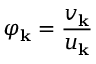
\varphi _ { \mathbf { k } } = \frac { v _ { \mathbf { k } } } { u _ { \mathbf { k } } }